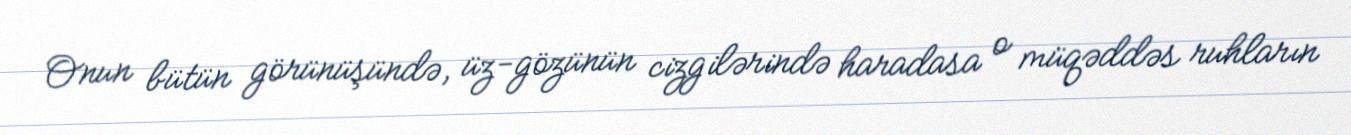
Onun bütün görünüşündə, üz-gözünün cizgilərində haradasa o müqəddəs ruhların